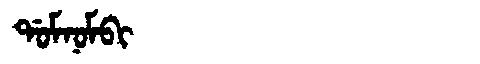
Manchu: ᡩᠣᠮᠨᠣᠮᠪᡳ
Romanization: DOMNOMBI